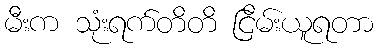
မီးက သုံးရက်တိတိ ငြိမ်းယူရတာ